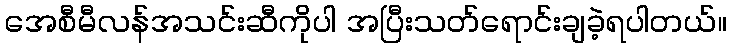
အေစီမီလန်အသင်းဆီကိုပါ အပြီးသတ်ရောင်းချခဲ့ရပါတယ်။